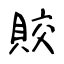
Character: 賋